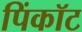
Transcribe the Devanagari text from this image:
पिंकॉट